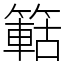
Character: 䉐